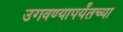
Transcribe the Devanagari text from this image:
उगवण्यापर्यंतच्या